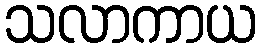
သလာကာယ